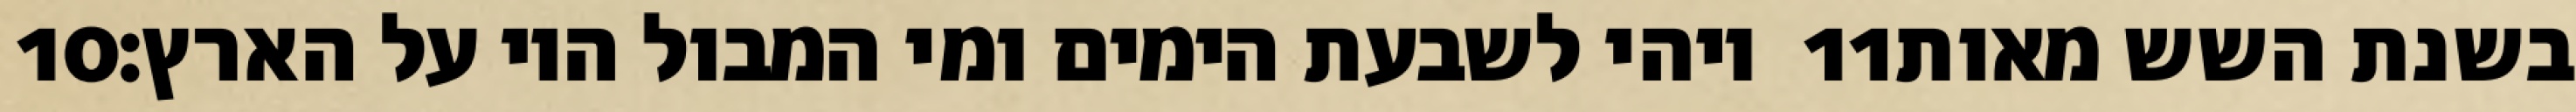
‎10‏ ויהי לשבעת הימים ומי המבול היו על הארץ׃ ‎11‏ בשנת השש מאות